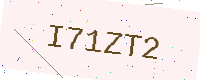
Text: I71ZT2